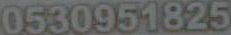
0530951825